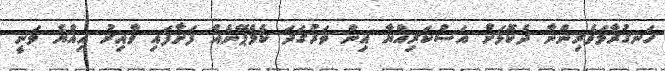
ހަނގުރާމަވެރިންނާ ދެކޮޅަށް އަސްކަރިއްޔާ އިން ވަރުގަދަ ކެމްޕޭނެއް ފަށާފައި ވާއިރު އިއްޔެ ވަނީ